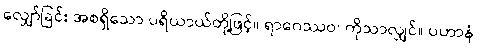
လျှော်ခြင်း အစရှိသော ပရိယာယ်တို့ဖြင့်။ ရာဂေဿဝ၊ ကိုသာလျှင်။ ပဟာနံ၊